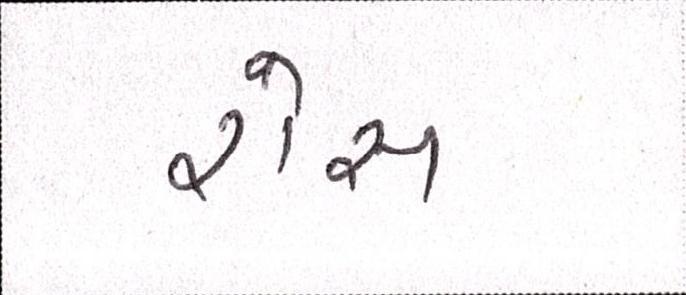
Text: રોસ